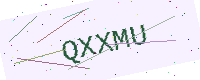
Text: QXXMU